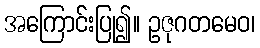
အကြောင်းပြု၍။ ဥဇုဂတမေဝ၊